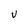
Character: V